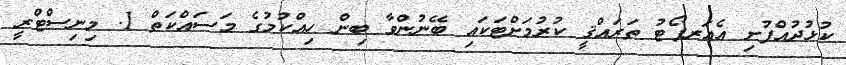
ކުޅުދުއްފުށި އެއަރޕޯޓު ތަރައްޤީ ކުރުމަށްޓަކައި ބޭނުންވާ ބިން ހިއްކުމުގެ މަސައްކަތް 1. މިނިސްޓްރީ